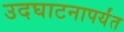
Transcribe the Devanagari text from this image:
उदघाटनापर्यंत